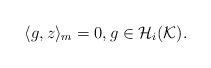
LaTeX: \begin{align*}\langle g, z \rangle_m = 0, g \in \mathcal{H}_i(\mathcal{K}).\end{align*}